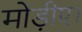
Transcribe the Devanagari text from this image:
मोड़ीए।